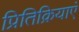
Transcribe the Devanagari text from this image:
प्रितिक्रियाएं